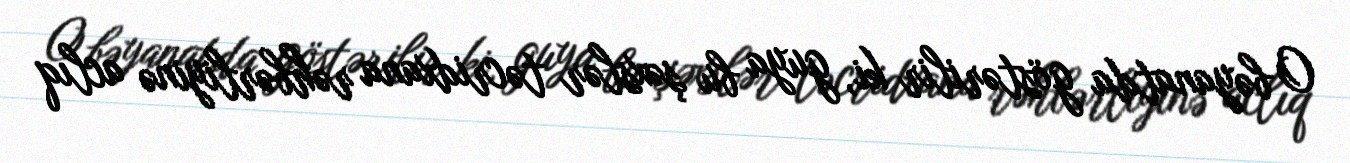
O bəyanatda göstərilir ki, guya bu şəxslər təcridxana rəhbərliyinə aclıq